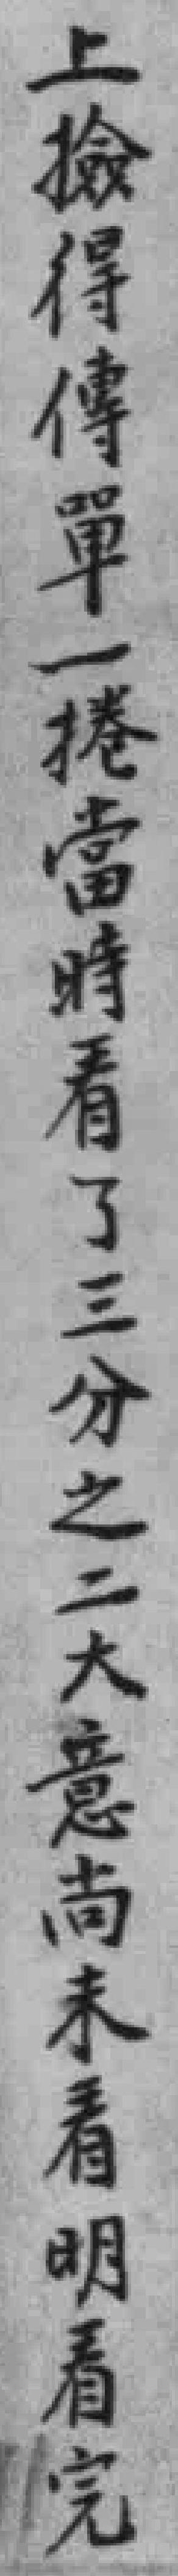
上檢得傳單一捲當時看了三分之二大意尚未看明看完